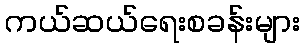
ကယ်ဆယ်ရေးစခန်းများ